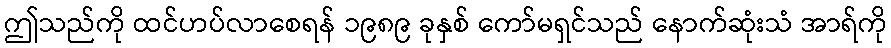
ဤသည်ကို ထင်ဟပ်လာစေရန် ၁၉၈၉ ခုနှစ် ကော်မရှင်သည် နောက်ဆုံးသံ အာရ်ကို